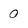
Character: 0